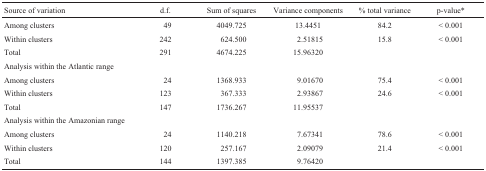
<table><thead><tr><td><b>Source of variation</b></td><td><b>d.f.</b></td><td><b>Sum of squares</b></td><td><b>Variance components</b></td><td><b>% total variance</b></td><td><b>p-value*</b></td></tr></thead><tbody><tr><td> Among clusters</td><td>49</td><td>4049.725</td><td>13.4451</td><td>84.2</td><td>&lt; 0.001</td></tr><tr><td>Within clusters</td><td>242</td><td>624.500</td><td>2.51815</td><td>15.8</td><td>&lt; 0.001</td></tr><tr><td>Total</td><td>291</td><td>4674.225</td><td>15.96320</td><td></td><td></td></tr><tr><td>Analysis within the Atlantic range</td><td></td><td></td><td></td><td></td><td></td></tr><tr><td>Among clusters</td><td>24</td><td>1368.933</td><td>9.01670</td><td>75.4</td><td>&lt; 0.001</td></tr><tr><td>Within clusters</td><td>123</td><td>367.333</td><td>2.93867</td><td>24.6</td><td>&lt; 0.001</td></tr><tr><td>Total</td><td>147</td><td>1736.267</td><td>11.95537</td><td></td><td></td></tr><tr><td>Analysis within the Amazonian range</td><td></td><td></td><td></td><td></td><td></td></tr><tr><td>Among clusters</td><td>24</td><td>1140.218</td><td>7.67341</td><td>78.6</td><td>&lt; 0.001</td></tr><tr><td>Within clusters</td><td>120</td><td>257.167</td><td>2.09079</td><td>21.4</td><td>&lt; 0.001</td></tr><tr><td>Total</td><td>144</td><td>1397.385</td><td>9.76420</td><td></td><td></td></tr></tbody></table>